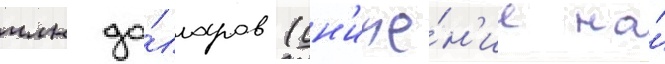
млн до́лларов (сн'иже́н'ие на́